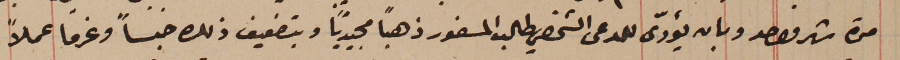
مدة شهر واحد وبان يؤدّى للمدعى الشخصي طلب المسطور ذهباً مجيدياً وبتضعيف ذلك حبساً وغرما عملاً